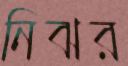
নিঝর